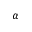
\alpha